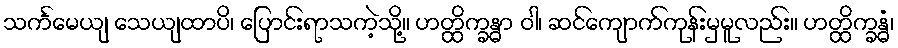
သင်္ကမေယျ သေယျထာပိ၊ ပြောင်းရာသကဲ့သို့။ ဟတ္ထိက္ခန္ဓာ ဝါ၊ ဆင်ကျောက်ကုန်းမှမူလည်း။ ဟတ္ထိက္ခန္ဓံ၊